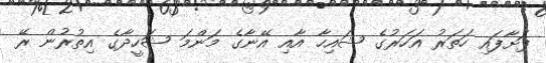
ފަށާފައި ހަތަރު އަހަރުގެ ޝައިހާ އާއި އޭނާގެ މަންމަ ޝަހީދާގެ އިތުރުން ރޭ